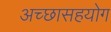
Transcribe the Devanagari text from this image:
अच्छासहयोग